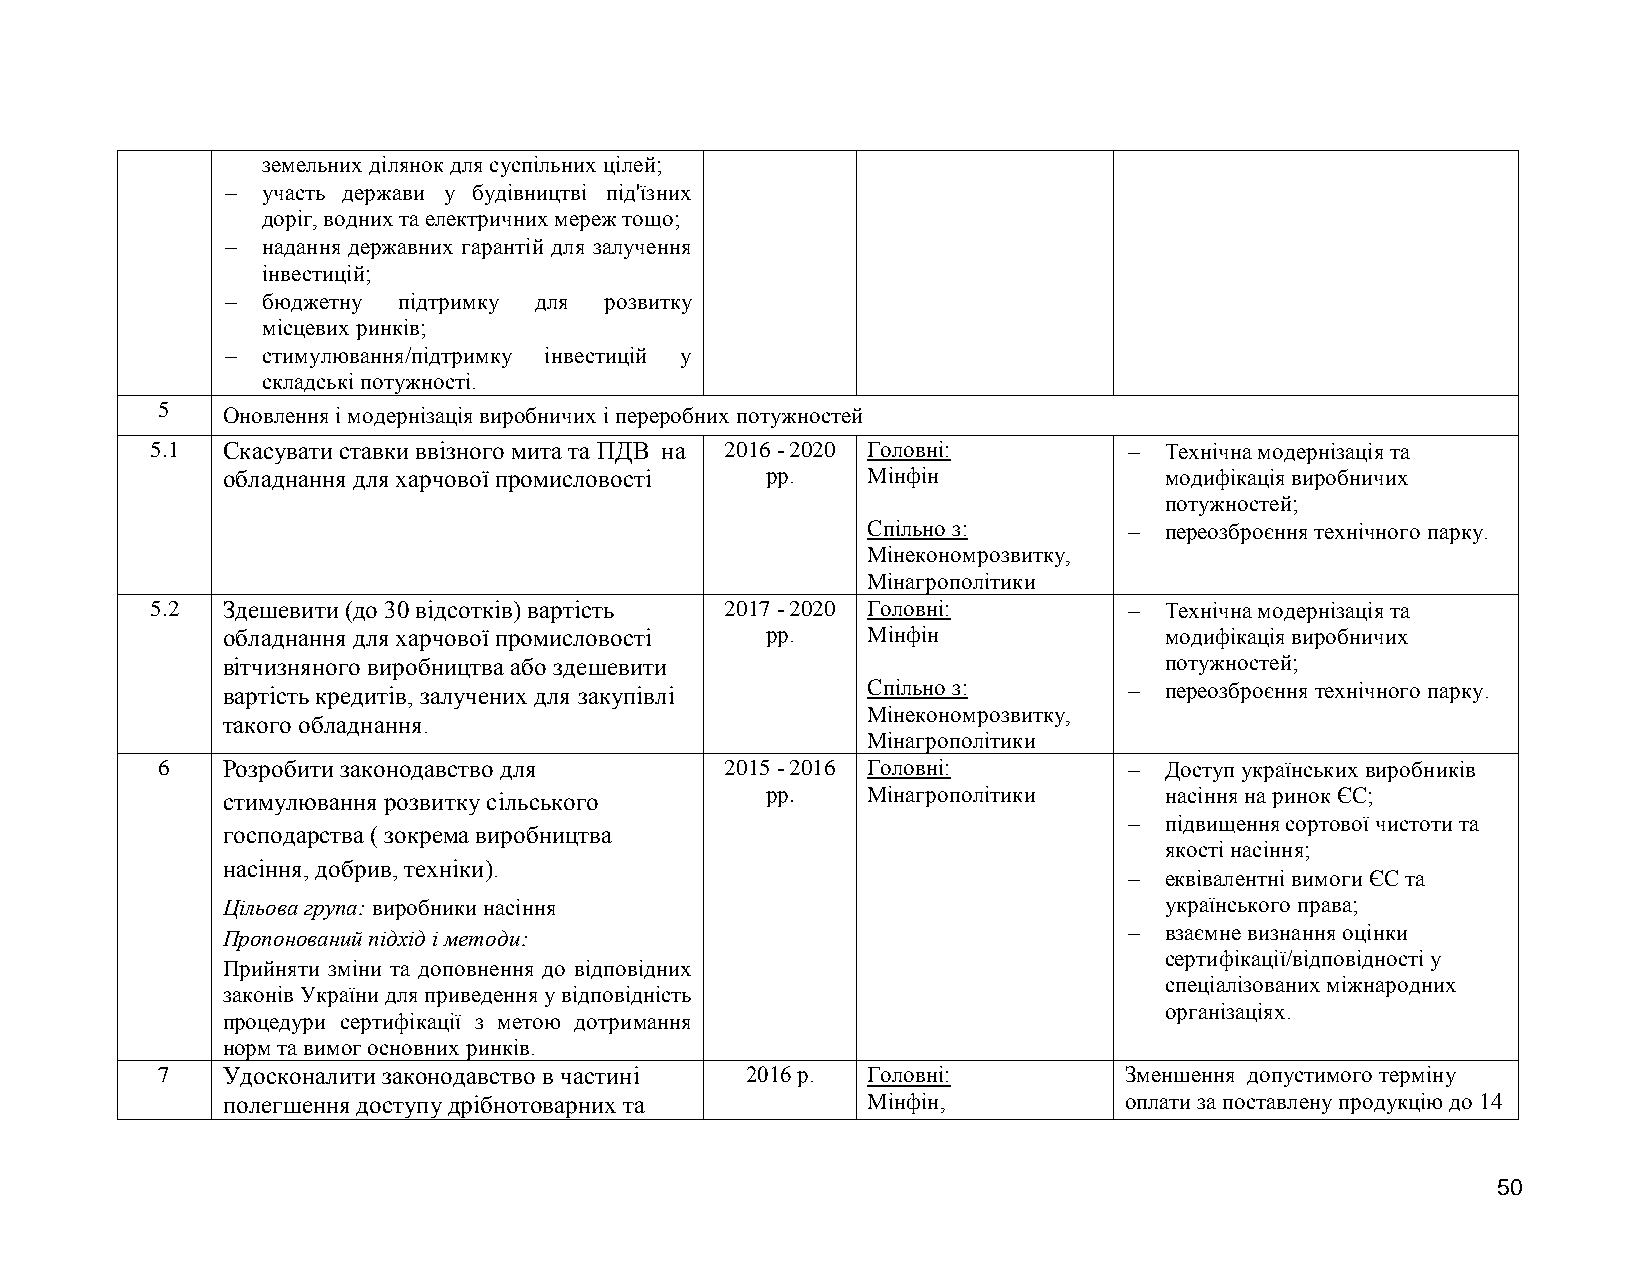
земельних ділянок для суспільних цілей;
  участь держави у будівництві під'їзних
 доріг, водних та електричних мереж тощо;
  надання державних гарантій для залучення
 інвестицій;
  бюджетну підтримку для розвитку
 місцевих ринків;
  стимулювання/підтримку інвестицій у
 складські потужності.
 5    Оновлення і модернізація виробничих і переробних потужностей
 5.1  Скасувати ставки ввізного мита та ПДВ на 2016 - 2020 Головні:  Технічна модернізація та
 обладнання для харчової промисловості рр. Мінфін              модифікація виробничих
 потужностей;
 Спільно з:         переозброєння технічного парку.
 Мінекономрозвитку,
 Мінагрополітики
 5.2  Здешевити (до 30 відсотків) вартість 2017 - 2020 Головні:    Технічна модернізація та
 обладнання для харчової промисловості рр. Мінфін              модифікація виробничих
 вітчизняного виробництва або здешевити                        потужностей;
 вартість кредитів, залучених для закупівлі Спільно з:        переозброєння технічного парку.
 Мінекономрозвитку,
 такого обладнання.
 Мінагрополітики
 6    Розробити законодавство для      2015 - 2016 Головні:        Доступ українських виробників
 стимулювання розвитку сільського    рр.   Мінагрополітики     насіння на ринок ЄС;
  підвищення сортової чистоти та
 господарства ( зокрема виробництва
 якості насіння;
 насіння, добрив, техніки).
  еквівалентні вимоги ЄС та
 Цільова група: виробники насіння                              українського права;
 Пропонований підхід і методи:                                взаємне визнання оцінки
 сертифікації/відповідності у
 Прийняти зміни та доповнення до відповідних
 спеціалізованих міжнародних
 законів України для приведення у відповідність
 організаціях.
 процедури сертифікації з метою дотримання
 норм та вимог основних ринків.
 7    Удосконалити законодавство в частині 2016 р. Головні:      Зменшення допустимого терміну
 полегшення доступу дрібнотоварних та      Мінфін,          оплати за поставлену продукцію до 14
 50